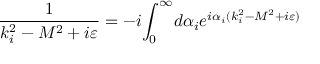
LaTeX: \frac 1 { k _ { i } ^ { 2 } - M ^ { 2 } + i \varepsilon } = - i { \int _ { 0 } ^ { \infty } } d \alpha _ { i } e ^ { i \alpha _ { i } ( k _ { i } ^ { 2 } - M ^ { 2 } + i \varepsilon ) }